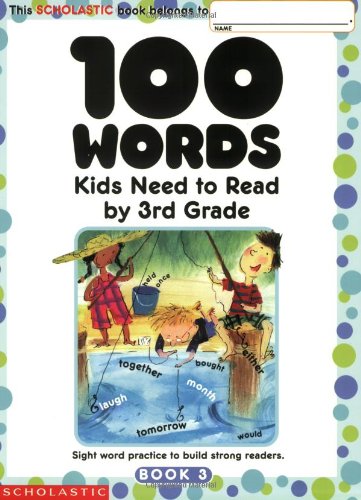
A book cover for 100 Words Kids Need to Read by 3rd Grade: Sight Word Practice to Build Strong Readers; Scholastic Inc.; Test Preparation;